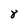
Character: 8